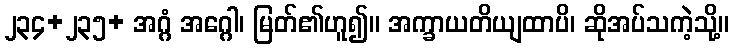
၂၃၄+၂၃၅+ အဂ္ဂံ အဂ္ဂေါ၊ မြတ်၏ဟူ၍။ အက္ခာယတိယျထာပိ၊ ဆိုအပ်သကဲ့သို့။